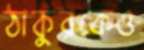
ঠাকুরকেও